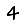
Digit: 4